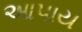
આપાય